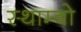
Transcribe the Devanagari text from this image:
स्थाम्बो